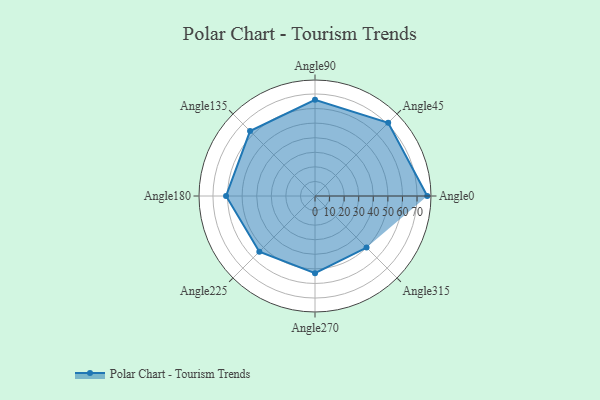
{"axis": {"x": "Angle", "y": "Radius"}, "legend": [""], "data": [{"x": "Angle0", "y": 77.0, "type": ""}, {"x": "Angle45", "y": 71.0, "type": ""}, {"x": "Angle90", "y": 66.0, "type": ""}, {"x": "Angle135", "y": 63.0, "type": ""}, {"x": "Angle180", "y": 61.0, "type": ""}, {"x": "Angle225", "y": 54.0, "type": ""}, {"x": "Angle270", "y": 53.0, "type": ""}, {"x": "Angle315", "y": 50, "type": ""}]}